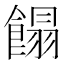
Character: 𩝣